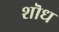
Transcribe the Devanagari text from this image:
शॊध